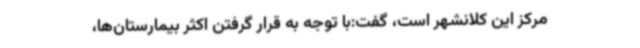
مرکز این کلانشهر است، گفت:با توجه به قرار گرفتن اکثر بیمارستان‌ها،